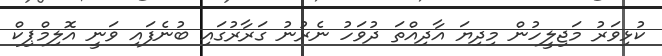
ކުޅިވަރު މަޖިލީހުން މިދިޔަ އާދިއްތަ ދުވަހު ނެރުނު ގަރާރުގައި ބުނެފައި ވަނީ އޮލިމްޕިކް